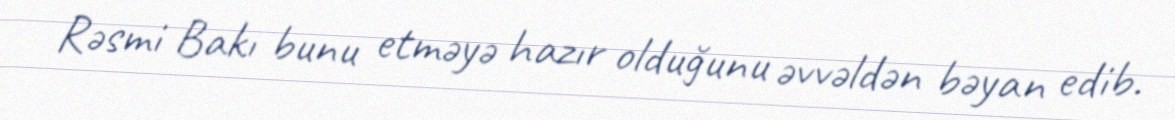
Rəsmi Bakı bunu etməyə hazır olduğunu əvvəldən bəyan edib.